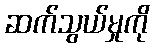
ဆက်သွယ်မှုကို